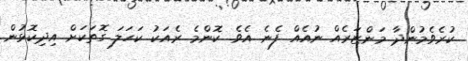
ކުރެވެމުންދާ މަންޒަރެއް ނުއެއް ފެނެ އެވެ. ކޮންމެ ރެއަކު ކަހަލަ ގޮތަކަށް އިދިކޮޅުން